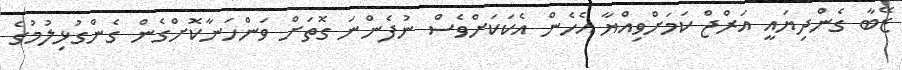
ޒޭބާ ގެންދިޔައީ އަރްޖް ކަމަށްވިއްޔާ އެހެން އެކަކަށްވެސް ނުފެންނަ ގޮތަށް ވަންހަނާކޮށްގެން ގެންގުޅިލުމުގެ